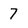
Character: 7